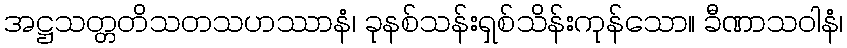
အဋ္ဌသတ္တတိသတသဟဿာနံ၊ ခုနစ်သန်းရှစ်သိန်းကုန်သော။ ခီဏာသဝါနံ၊